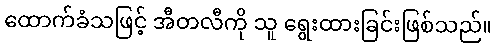
ထောက်ခံသဖြင့် အီတလီကို သူ ရွေးထားခြင်းဖြစ်သည်။